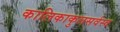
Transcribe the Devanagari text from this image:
कालिकाकुलसर्वस्व